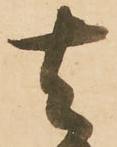
去